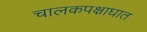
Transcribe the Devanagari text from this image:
चालकपक्षाघात